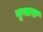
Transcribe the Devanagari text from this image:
नूवास